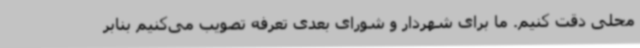
محلی دقت کنیم. ما برای شهردار و شورای بعدی تعرفه تصویب می‌کنیم بنابر